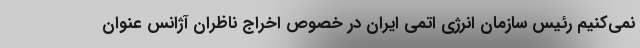
نمی‌کنیم رئیس سازمان انرژی اتمی ایران در خصوص اخراج ناظران آژانس عنوان